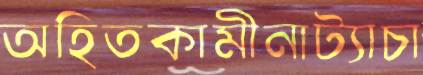
অহিতকামীনাট্যাচা